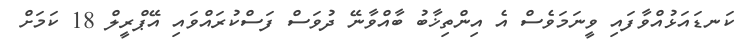
ކަނޑައަޅުއްވާފައި ވީނަމަވެސް އެ އިންތިޚާބު ބާއްވާނޭ ދުވަސް ފަސްކުރައްވައި އޭޕްރީލް 18 ކަމަށް